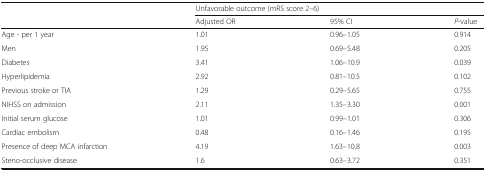
| <ROWSPAN=2>  | <COLSPAN=3> Unfavorable outcome (mRS score 2–6) |
 | Adjusted OR | 95% CI | P-value |
 | --- | --- | --- | --- |
 | Age - per 1 year | 1.01 | 0.96–1.05 | 0.914 |
 | Men | 1.95 | 0.69–5.48 | 0.205 |
 | Diabetes | 3.41 | 1.06–10.9 | 0.039 |
 | Hyperlipidemia | 2.92 | 0.81–10.5 | 0.102 |
 | Previous stroke or TIA | 1.29 | 0.29–5.65 | 0.755 |
 | NIHSS on admission | 2.11 | 1.35–3.30 | 0.001 |
 | Initial serum glucose | 1.01 | 0.99–1.01 | 0.306 |
 | Cardiac embolism | 0.48 | 0.16–1.46 | 0.195 |
 | Presence of deep MCA infarction | 4.19 | 1.63–10.8 | 0.003 |
 | Steno-occlusive disease | 1.6 | 0.63–3.72 | 0.351 |